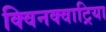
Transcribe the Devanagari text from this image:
क्विनक्वाट्रिया